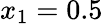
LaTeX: x_{1}=0.5